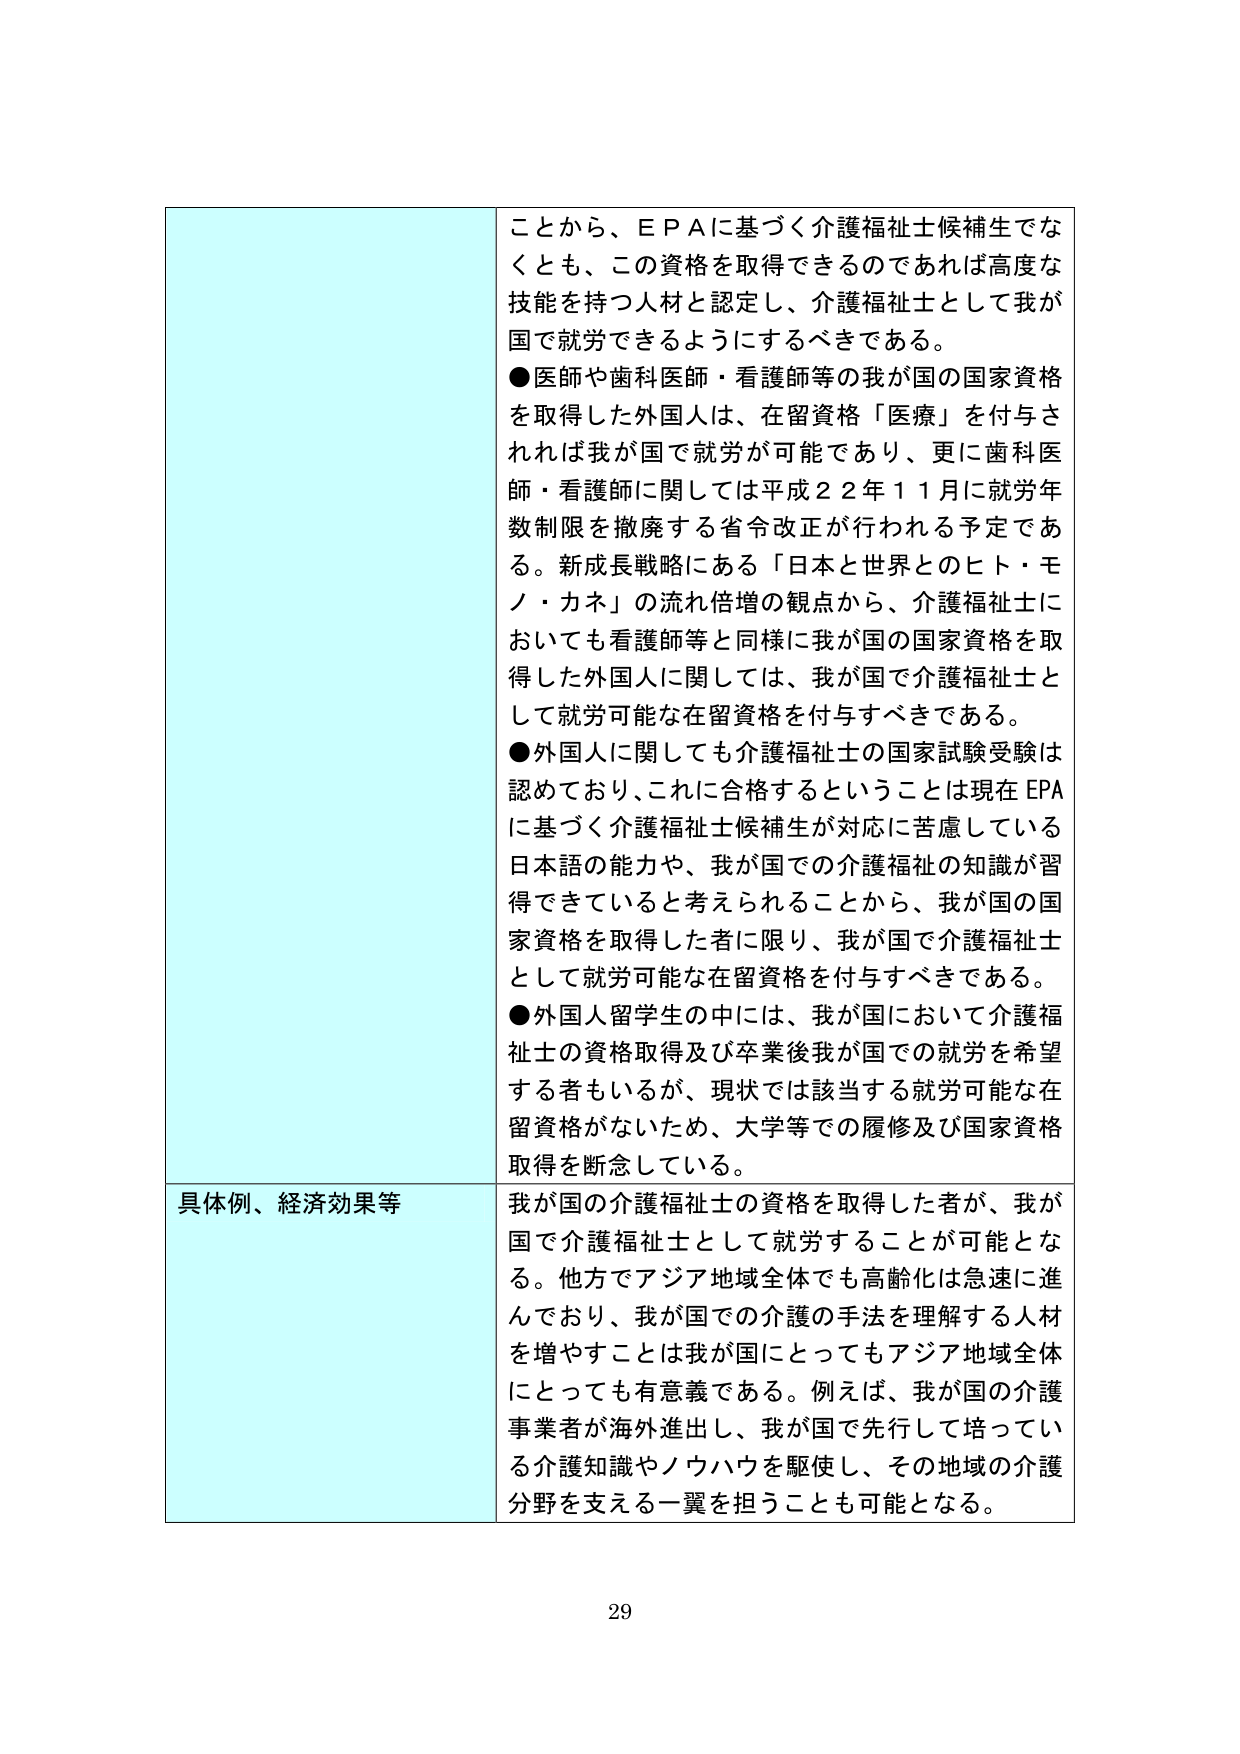
ことから、ＥＰＡに基づく介護福祉士候補生でなくとも、この資格を取得できるのであれば高度な技能を持つ人材と認定し、介護福祉士として我が国で就労できるようにするべきである。

●医師や歯科医師・看護師等の我が国の国家資格を取得した外国人は、在留資格「医療」を付与されれば我が国で就労が可能であり、更に歯科医師・看護師に関しては平成２２年１１月に就労年数制限を撤廃する省令改正が行われる予定である。新成長戦略にある「日本と世界とのヒト・モノ・カネ」の流れ倍増の観点から、介護福祉士においても看護師等と同様に我が国の国家資格を取得した外国人に関しては、我が国で介護福祉士として就労可能な在留資格を付与すべきである。

●外国人に関しても介護福祉士の国家試験受験は認めており、これに合格するということは現在ＥＰＡに基づく介護福祉士候補生が対応に苦慮している日本語の能力や、我が国での介護福祉の知識が習得できていると考えられることから、我が国の国家資格を取得した者に限り、我が国で介護福祉士として就労可能な在留資格を付与すべきである。

●外国人留学生の中には、我が国において介護福祉士の資格取得及び卒業後我が国での就労を希望する者もいるが、現状では該当する就労可能な在留資格がないため、大学等での履修及び国家資格取得を断念している。

具体例、経済効果等
我が国の介護福祉士の資格を取得した者が、我が国で介護福祉士として就労することが可能となる。他方でアジア地域全体でも高齢化は急速に進んでおり、我が国での介護の手法を理解する人材を増やすことは我が国にとってもアジア地域全体にとっても有意義である。例えば、我が国の介護事業者が海外進出し、我が国で先行して培っている介護知識やノウハウを駆使し、その地域の介護分野を支える一翼を担うことも可能となる。

29